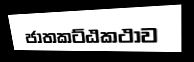
ජාතකට්ඨකථාව